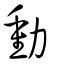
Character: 動